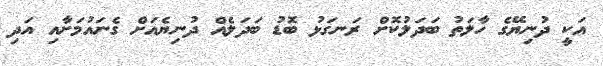
އަކީ ދުނިޔޭގެ ހާލަތު ބަދަލުކޮށް ރަނގަޅު ބޮޑު ބަދަލެއް ދުނިޔެއަށް ގެނައުމަށާއި އަދި